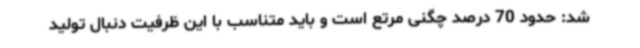
شد: حدود 70 درصد چگنی مرتع است و باید متناسب با این ظرفیت دنبال تولید